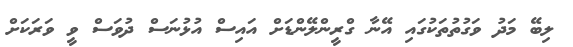
ލިބޭ މަދު ވަގުތުތަކުގައި އޭނާ ގްރީންލޭންޑަށް އައިސް އުޅުނަސް ދުވަސް ވީ ވަރަކަށް